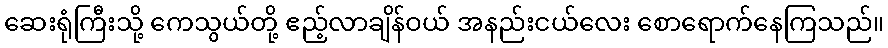
ဆေးရုံကြီးသို့ ကေသွယ်တို့ ဧည့်လာချိန်ဝယ် အနည်းငယ်လေး စောရောက်နေကြသည်။